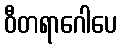
ဝီတရာဂေါပေ